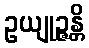
ဥယျုဉ္ဇန္တိ